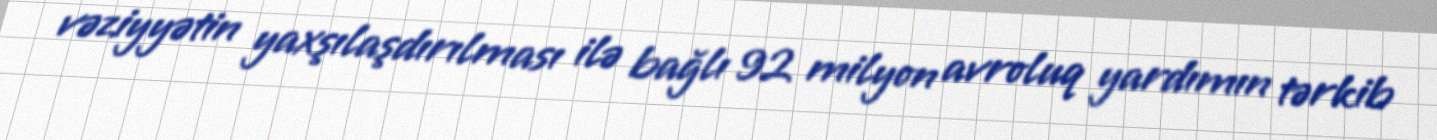
vəziyyətin yaxşılaşdırılması ilə bağlı 92 milyon avroluq yardımın tərkib